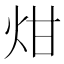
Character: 㶰